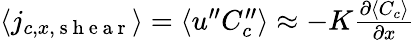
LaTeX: \begin{array}{r}{\langle j_{c,x,\mathrm{~s~h~e~a~r~}}\rangle=\langle u^{\prime\prime}C_{c}^{\prime\prime}\rangle\approx-K\frac{\partial\langle{C_{c}}\rangle}{\partial x}}\end{array}